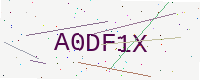
Text: A0DF1X